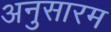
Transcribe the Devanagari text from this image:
अनुसारम